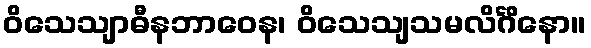
ဝိသေသျာဓီနဘာဝေန၊ ဝိသေသျသမလိင်္ဂိနော။